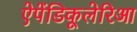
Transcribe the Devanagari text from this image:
ऐपेंडिकूलेरिआ